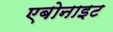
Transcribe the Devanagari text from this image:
एबोनाइट